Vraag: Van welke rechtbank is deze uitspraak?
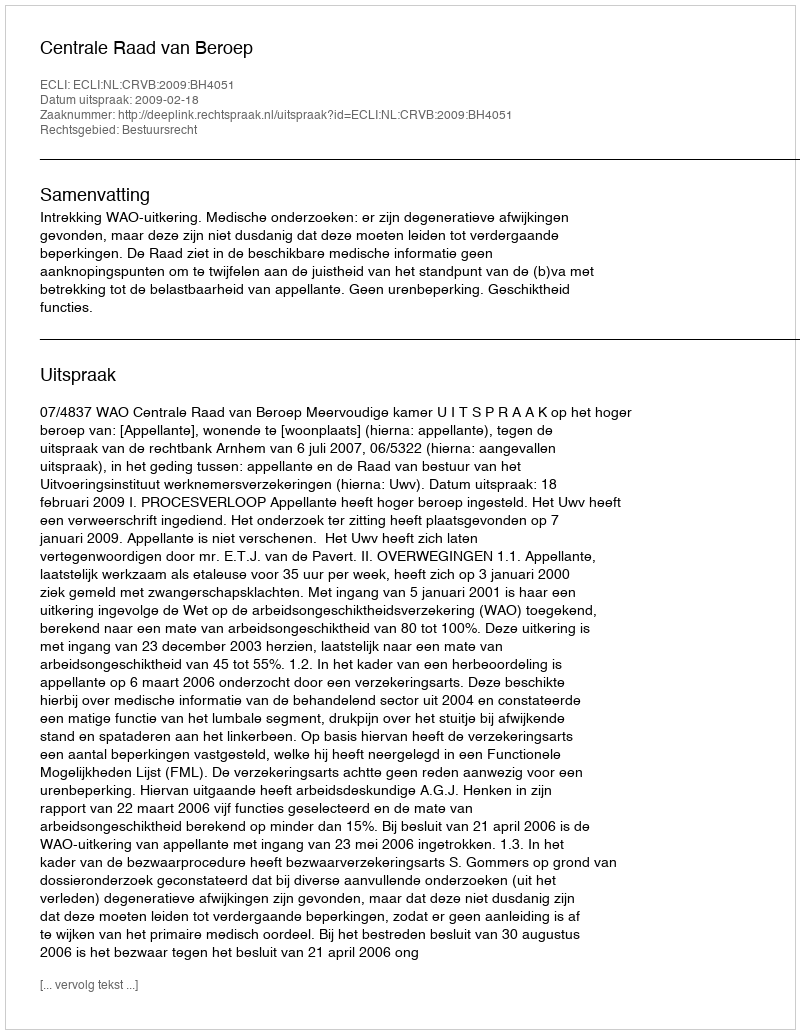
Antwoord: Centrale Raad van Beroep